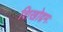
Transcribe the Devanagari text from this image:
शिखोद्गमः